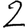
Digit: 2